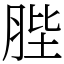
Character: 䏶